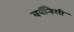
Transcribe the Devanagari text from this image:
वर्बीनैसी